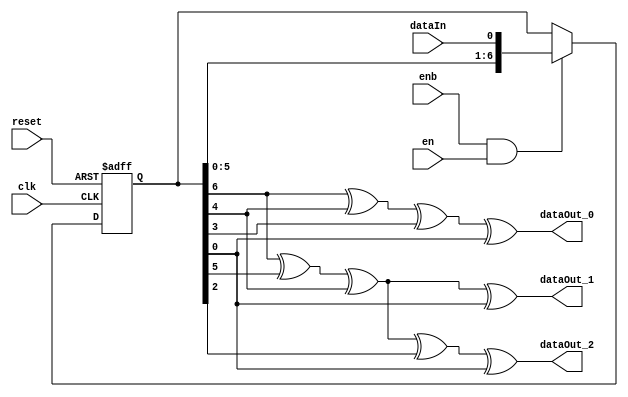
module generatormatrix(
    input clk,
    input reset,
    input enb,
    input dataIn,
    input en,
    output reg dataOut_0,
    output reg dataOut_1,
    output reg dataOut_2
);
    // Define a 7-bit shift register
    reg [6:0] shiftReg;

    // Update the shift register on the rising edge of the clock or reset
    always @(posedge clk or posedge reset) begin
        if (reset) begin
            shiftReg <= 7'b0;  // Clear shift register on reset
        end else if (enb && en) begin
            shiftReg <= {shiftReg[5:0], dataIn};  // Shift in the new bit from dataIn
        end
    end

    // Calculate the output bits based on the generator matrix using XOR gates
    always @* begin
        // Generator matrix implementation using XOR of specific bits
        dataOut_0 = shiftReg[6] ^ shiftReg[4] ^ shiftReg[3] ^ shiftReg[0];
        dataOut_1 = shiftReg[6] ^ shiftReg[5] ^ shiftReg[4] ^ shiftReg[0];
        dataOut_2 = shiftReg[6] ^ shiftReg[5] ^ shiftReg[4] ^ shiftReg[2] ^ shiftReg[0];
    end

endmodule